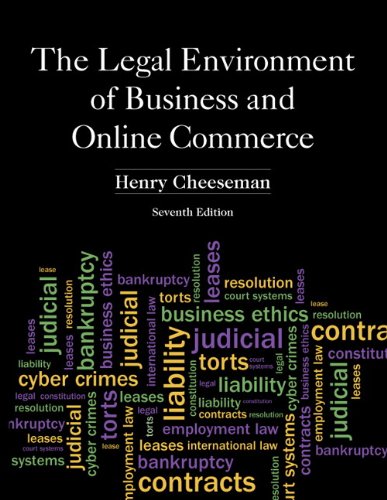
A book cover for The Legal Environment of Business and Online Commerce (7th Edition); Henry R. Cheeseman; Business & Money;